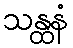
သန္ထနံ